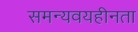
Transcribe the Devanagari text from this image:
समन्यवयहीनता